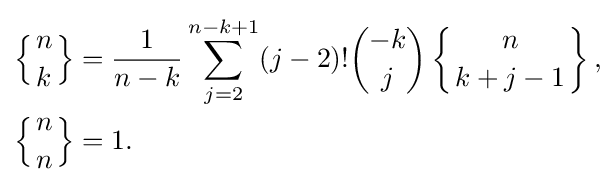
{\begin{aligned}\left\{{n \atop k}\right\}&={\frac {1}{n-k}}\sum _{j=2}^{n-k+1}(j-2)!{\binom {-k}{j}}\left\{{n \atop k+j-1}\right\},\\\left\{{n \atop n}\right\}&=1.\end{aligned}}